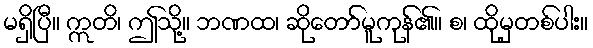
မရှိပြီ။ ဣတိ၊ ဤသို့။ ဘဏထ၊ ဆိုတော်မူကုန်၏။ စ၊ ထိုမှတစ်ပါး။